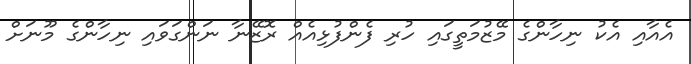
އެއާއި އެކު ނިހާންގެ މޭޒުމަތީގައި ހުރި ފެންފުޅިއެއް ރޮޒޭނާ ނަންގަވައި ނިހާންގެ މޫނަށް